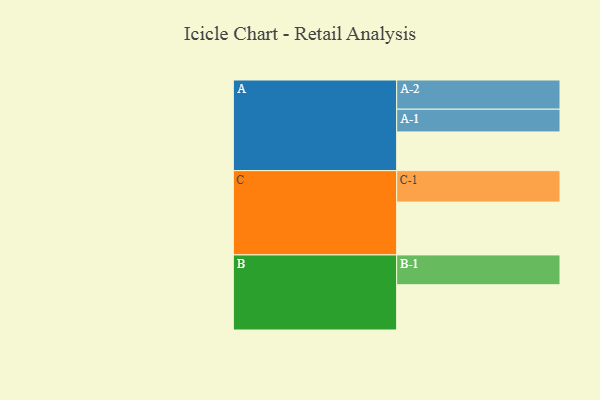
{"axis": {"x": "Segment", "y": "Value"}, "legend": ["", "A", "B", "C"], "data": [{"x": "A", "y": 301, "type": ""}, {"x": "B", "y": 352, "type": ""}, {"x": "C", "y": 411, "type": ""}, {"x": "A-1", "y": 177, "type": "A"}, {"x": "A-2", "y": 227, "type": "A"}, {"x": "B-1", "y": 232, "type": "B"}, {"x": "C-1", "y": 245, "type": "C"}]}